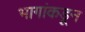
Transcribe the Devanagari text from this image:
भागांकडून